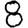
Digit: 8